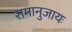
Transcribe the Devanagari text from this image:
रामानुजायः